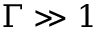
\Gamma \gg 1